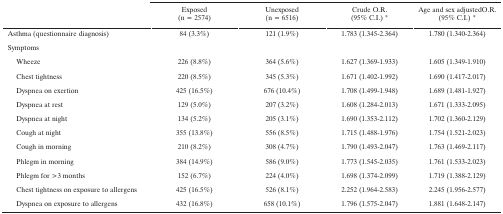
|  | Exposed (n = 2574) | Unexposed (n = 6516) | Crude O.R. (95% C.I.) * | Age and sex adjusted O.R. (95% C.I.) * |
 | --- | --- | --- | --- | --- |
 | Asthma (questionnaire diagnosis) | 84 (3.3%) | 121 (1.9%) | 1.783 (1.345–2.364) | 1.780 (1.340–2.364) |
 | Symptoms |  |  |  |  |
 | Wheeze | 226 (8.8%) | 364 (5.6%) | 1.627 (1.369–1.933) | 1.605 (1.349–1.910) |
 | Chest tightness | 220 (8.5%) | 345 (5.3%) | 1.671 (1.402–1.992) | 1.690 (1.417–2.017) |
 | Dyspnea on exertion | 425 (16.5%) | 676 (10.4%) | 1.708 (1.499–1.948) | 1.689 (1.481–1.927) |
 | Dyspnea at rest | 129 (5.0%) | 207 (3.2%) | 1.608 (1.284–2.013) | 1.671 (1.333–2.095) |
 | Dyspnea at night | 134 (5.2%) | 205 (3.1%) | 1.690 (1.353–2.112) | 1.702 (1.360–2.129) |
 | Cough at night | 355 (13.8%) | 556 (8.5%) | 1.715 (1.488–1.976) | 1.754 (1.521–2.023) |
 | Cough in morning | 210 (8.2%) | 308 (4.7%) | 1.790 (1.493–2.047) | 1.763 (1.469–2.117) |
 | Phlegm in morning | 384 (14.9%) | 586 (9.0%) | 1.773 (1.545–2.035) | 1.761 (1.533–2.023) |
 | Phlegm for >3 months | 152 (6.7%) | 224 (4.0%) | 1.698 (1.374–2.099) | 1.719 (1.388–2.129) |
 | Chest tightness on exposure to allergens | 425 (16.5%) | 526 (8.1%) | 2.252 (1.964–2.583) | 2.245 (1.956–2.577) |
 | Dyspnea on exposure to allergens | 432 (16.8%) | 658 (10.1%) | 1.796 (1.575–2.047) | 1.881 (1.648–2.147) |